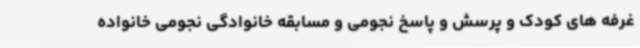
غرفه های کودک و پرسش و پاسخ نجومی و مسابقه خانوادگی نجومی خانواده